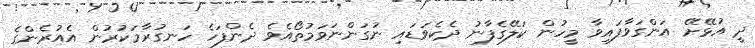
ދީ އުޅޭށޭ އަންގަވާފައިވާ މީހުން ކަލޭގެފާނު ދެކެވަޑައި ނުގަންނަވަމުތޯއެވެ ދެންފަހެ ހަނގުރާމަކުރުން އެއުރެންގެ